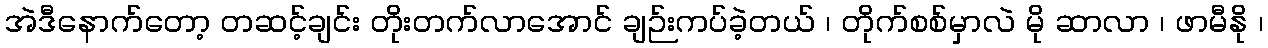
အဲဒီနောက်တော့ တဆင့်ချင်း တိုးတက်လာအောင် ချဉ်းကပ်ခဲ့တယ် ၊ တိုက်စစ်မှာလဲ မို ဆာလာ ၊ ဖာမီနို ၊